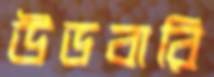
উডবারি